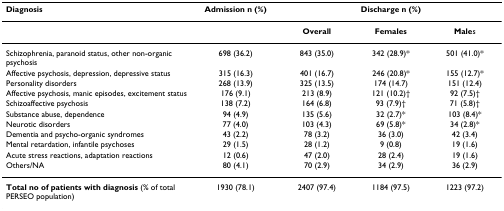
| Diagnosis | Admission n (%) | <COLSPAN=3> Discharge n (%) |
 | --- | --- | --- | --- | --- |
 |  |  | Overall | Females | Males |
 | Schizophrenia, paranoid status, other non-organic psychosis | 698 (36.2) | 843 (35.0) | 342 (28.9)* | 501 (41.0)* |
 | Affective psychosis, depression, depressive status | 315 (16.3) | 401 (16.7) | 246 (20.8)* | 155 (12.7)* |
 | Personality disorders | 268 (13.9) | 325 (13.5) | 174 (14.7) | 151 (12.4) |
 | Affective psychosis, manic episodes, excitement status | 176 (9.1) | 213 (8.9) | 121 (10.2)† | 92 (7.5)† |
 | Schizoaffective psychosis | 138 (7.2) | 164 (6.8) | 93 (7.9)† | 71 (5.8)† |
 | Substance abuse, dependence | 94 (4.9) | 135 (5.6) | 32 (2.7)* | 103 (8.4)* |
 | Neurotic disorders | 77 (4.0) | 103 (4.3) | 69 (5.8)* | 34 (2.8)* |
 | Dementia and psycho-organic syndromes | 43 (2.2) | 78 (3.2) | 36 (3.0) | 42 (3.4) |
 | Mental retardation, infantile psychoses | 29 (1.5) | 28 (1.2) | 9 (0.8) | 19 (1.6) |
 | Acute stress reactions, adaptation reactions | 12 (0.6) | 47 (2.0) | 28 (2.4) | 19 (1.6) |
 | Others/NA | 80 (4.1) | 70 (2.9) | 34 (2.9) | 36 (2.9) |
 | Total no of patients with diagnosis (% of total PERSEO population) | 1930 (78.1) | 2407 (97.4) | 1184 (97.5) | 1223 (97.2) |